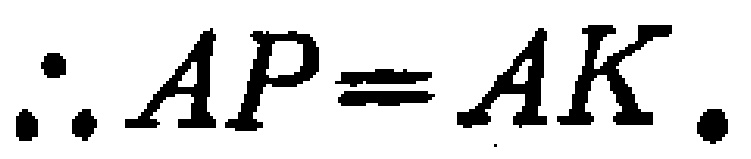
\(\therefore AP = AK.\)